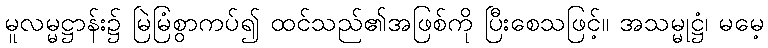
မူလမ္မဋ္ဌာန်း၌ မြဲမြံစွာကပ်၍ ထင်သည်၏အဖြစ်ကို ပြီးစေသဖြင့်။ အသမ္မုဋ္ဌံ၊ မမေ့